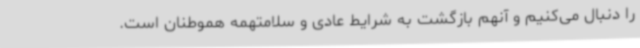
را دنبال می‌کنیم و آنهم بازگشت به شرایط عادی و سلامتهمه هموطنان است.